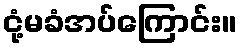
ငုံ့မခံအပ်ကြောင်း။